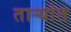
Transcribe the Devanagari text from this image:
ताऱ्यांत